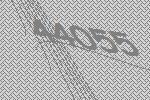
44055